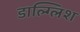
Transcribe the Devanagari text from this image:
डाल्ग्लिश